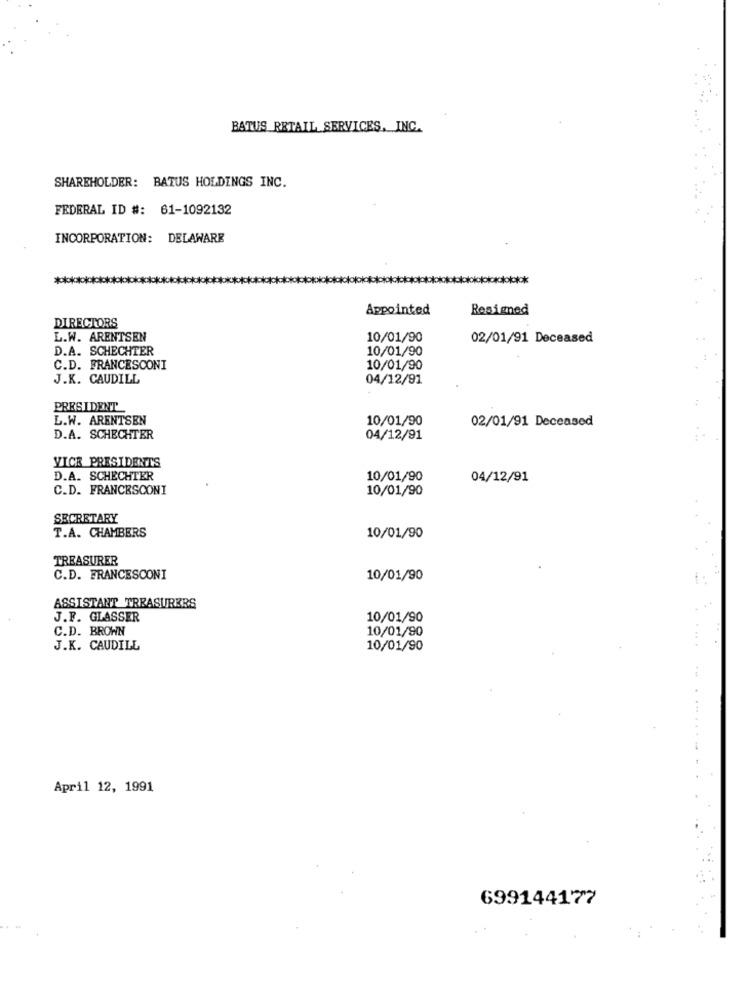
BATUS_RETAIL SERVICES, INC.
SHAREHOLDER: BATUS HOLDINGS INC.
FEDERAL ID #: 61-1092132
INCORPORATION: DELAWARE
łołok
Appointed
Resigned
DIRECTORS
L.W. ARENTSEN
10/01/90
02/01/91 Deceased
D.A. SCHECHTER
10/01/90
C.D. FRANCESCONI
10/01/90
J.K. CAUDILL
04/12/91
PRESIDENT
L.W. ARENTSEN
10/01/90
02/01/91 Deceased
D.A. SCHECHTER
04/12/91
VICE PRESIDENTS
D.A. SCHECHTER
10/01/90
04/12/91
C.D. FRANCESCONI
10/01/90
SECRETARY
T.A. CHAMBERS
10/01/90
TREASURER
C.D. FRANCESCONI
10/01/90
ASSISTANT TREASURERS
J.F. GLASSER
10/01/90
C.D. BROWN
10/01/90
J.K. CAUDILL
10/01/90
April 12, 1991
699144177